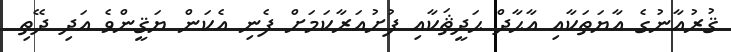
ޤުރުއާނުގެ އާޔަތަކާއި އާޙާދް ޙަދީޘަކާއި ފުށުއަރާކަމަށް ފެނި އެކަން ޔަޤީންވެ އަދި ދޭތި